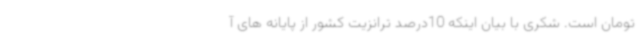
تومان است. شکری با بیان اینکه 10درصد ترانزیت کشور از پایانه های آ